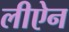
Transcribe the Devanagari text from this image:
लीऐन